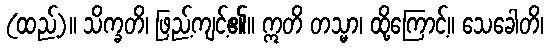
(ထည့်)။ သိက္ခတိ၊ ဖြည့်ကျင့်၏။ ဣတိ တသ္မာ၊ ထို့ကြောင့်။ သေခေါတိ၊